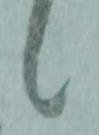
候